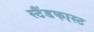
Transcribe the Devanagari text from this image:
स्टैंडफास्ट